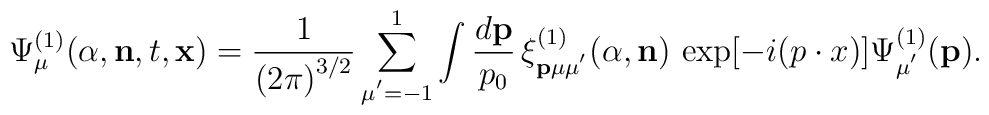
{\Psi}^{(1)}_{\mu}({\alpha},{\bf n},t,{\bf x})={\frac{1}{{(2\pi)}^{3/2}}}\sum_{\mu^{'}=-1}^{1}\int\frac{d{\bf p}}{p_0}\,{\xi}^{(1)}_{\bf p\mu\mu^{'}}({\alpha},{\bf n})\,\exp[-i(p\cdot{x})]{\Psi}^{(1)}_{\mu^{'}}({\bf p}).